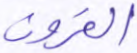
القرون